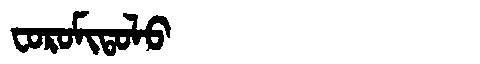
Manchu: ᠸᠣᡵᠣᠮᡳᡨᠣᠯᠣ
Romanization: FOROMITOLO